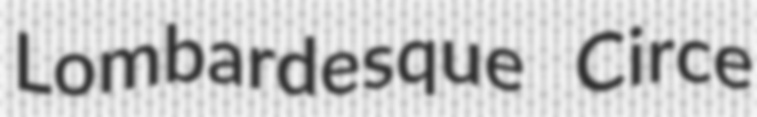
Lombardesque Circe